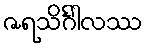
ဇရသိင်္ဂါလဿ